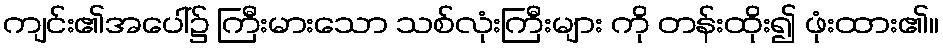
ကျင်း၏အပေါ်၌ ကြီးမားသော သစ်လုံးကြီးများ ကို တန်းထိုး၍ ဖုံးထား၏။